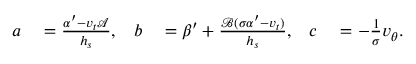
\begin{array} { r l r l r l } { a } & { { } = \frac { \alpha ^ { \prime } - v _ { t } \mathcal { A } } { h _ { s } } , } & { b } & { { } = \beta ^ { \prime } + \frac { \mathcal { B } ( \sigma \alpha ^ { \prime } - v _ { t } ) } { h _ { s } } , } & { c } & { { } = - \frac { 1 } { \sigma } v _ { \theta } . } \end{array}